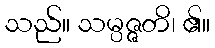
သည်။ သမ္ပဇ္ဇတိ၊ ၏။